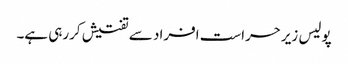
پولیس زیرحراست افراد سے تفتیش کررہی ہے۔